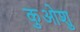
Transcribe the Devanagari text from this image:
कुओशु